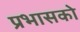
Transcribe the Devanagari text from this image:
प्रभासको